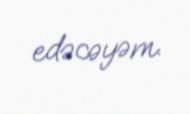
edəcəyəm.